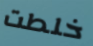
خلطت